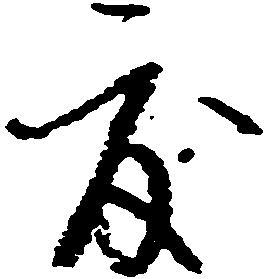
度